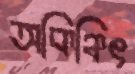
অকিঞ্চিৎ